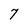
Character: 7